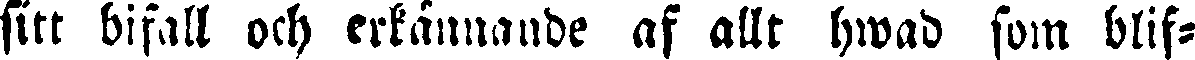
sitt bifall och erkännande af allt hwad som blif-